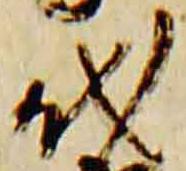
代